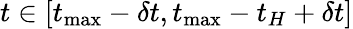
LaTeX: t\in[t_{\operatorname*{max}}-\delta t,t_{\operatorname*{max}}-t_{H}+\delta t]